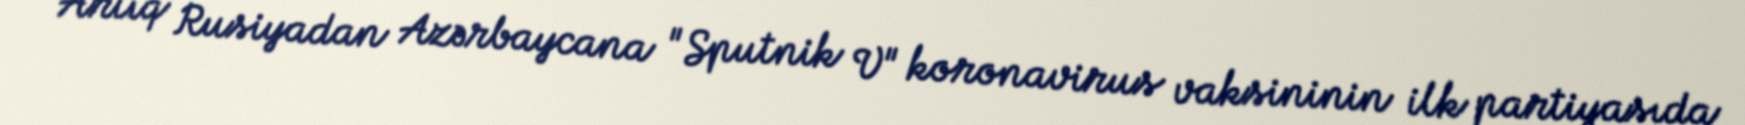
Artıq Rusiyadan Azərbaycana "Sputnik V" koronavirus vaksininin ilk partiyasıda